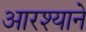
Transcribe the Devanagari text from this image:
आरश्याने